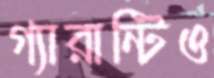
গ্যারান্টিও